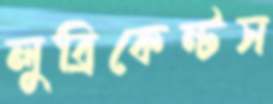
লুব্রিকেন্টস